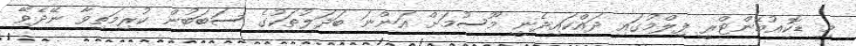
މި ޑޮކިއުމެންޓްރީ ފިލްމުގައި ދައްކައިދެނީ މޫސުމަށް އަންނަ ބަދަލުތަކުގެ ސަބަބުން ކުރިމަތިވާ ނޭދެވޭ